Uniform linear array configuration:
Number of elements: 12
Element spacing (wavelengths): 1
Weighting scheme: exponential
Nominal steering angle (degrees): -30
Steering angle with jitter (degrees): -29.49
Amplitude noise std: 0.05
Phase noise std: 0.05

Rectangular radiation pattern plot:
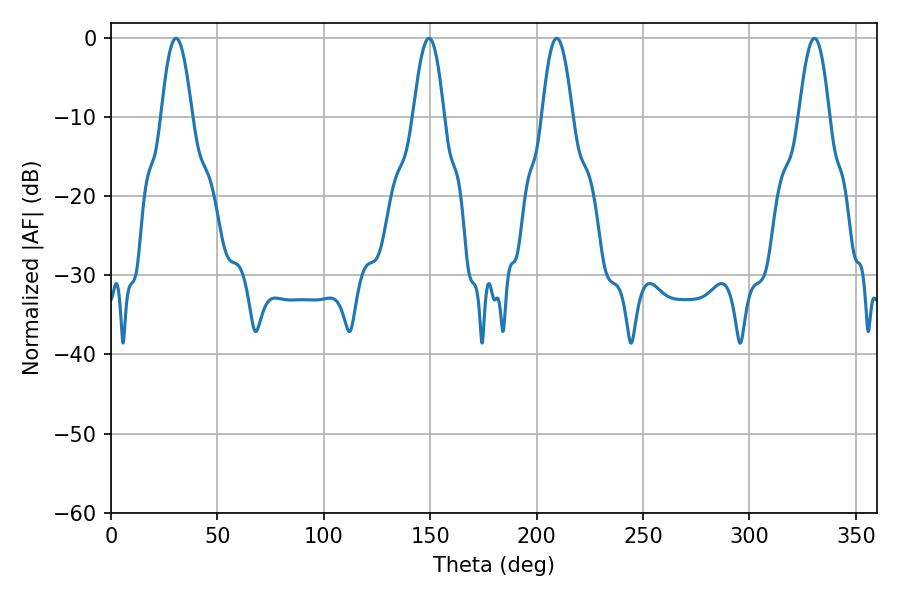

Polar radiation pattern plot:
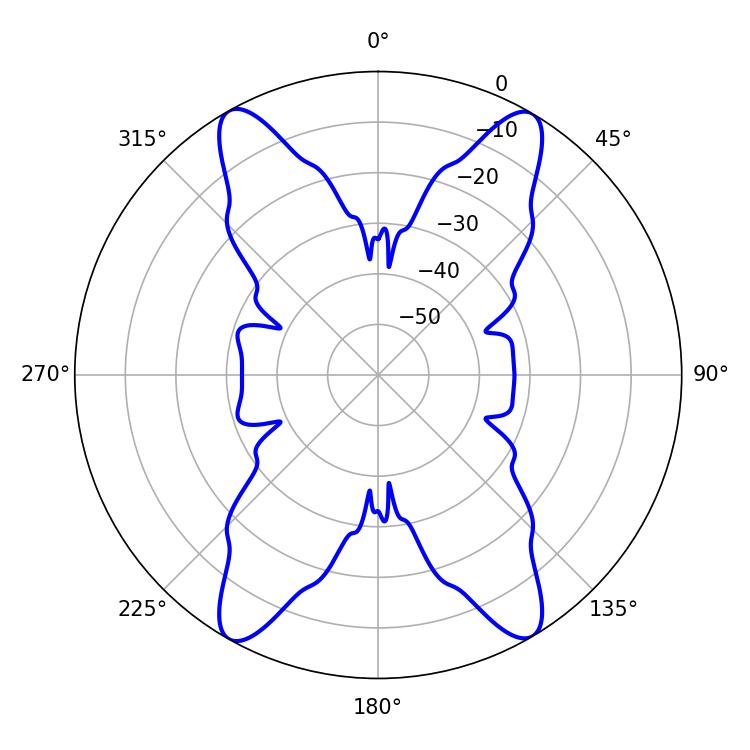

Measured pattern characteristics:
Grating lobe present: TRUE
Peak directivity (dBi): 24.317
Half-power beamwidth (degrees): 7.92
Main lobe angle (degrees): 149.4